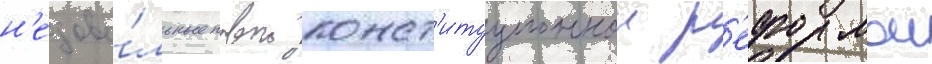
н'едово́льные новои конст'итуционнои р'еформои